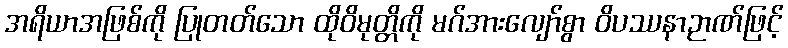
အရိယာအဖြစ်ကို ပြုတတ်သော ထိုဝိမုတ္တိကို မဂ်အားလျော်စွာ ဝိပဿနာဉာဏ်ဖြင့်